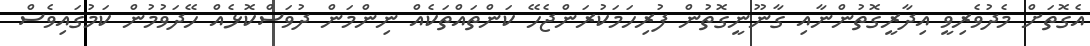
އެގޮތަށް މެދުވެރިވީ އިދާރީގޮތުންނާއި ގާނޫނީގޮތުން ފުރިހަަމަކުރަންޖެހޭ ކަންތައްތަކެއް ނިންމަން ދުވަސްކޮޅެއް ހޭދަވުމުން ކަމުގައިވެސް